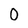
Character: 0